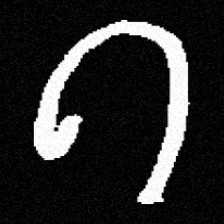
Pyu character \u2014 Myanmar letter: ဂ (romanized: ga)